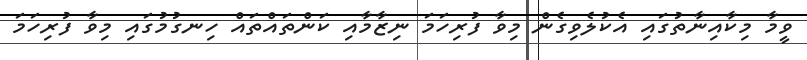
ވީމާ މިކާއިނާތުގައި އެކުލެވިގެން މިވާ ފުރިހަމަ ނިޒާމާއި ކަންތައްތައް ހިނގުމުގައި މިވާ ފުރިހަމަ